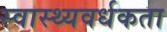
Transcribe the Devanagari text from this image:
स्वास्थ्यवर्धकता